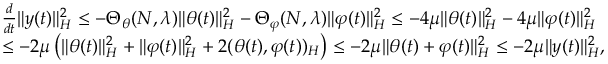
\begin{array} { r l } & { \frac { d } { d t } \| y ( t ) \| _ { H } ^ { 2 } \leq - \Theta _ { \theta } ( N , \lambda ) \| \theta ( t ) \| _ { H } ^ { 2 } - \Theta _ { \varphi } ( N , \lambda ) \| \varphi ( t ) \| _ { H } ^ { 2 } \leq - 4 \mu \| \theta ( t ) \| _ { H } ^ { 2 } - 4 \mu \| \varphi ( t ) \| _ { H } ^ { 2 } } \\ & { \leq - 2 \mu \left( \| \theta ( t ) \| _ { H } ^ { 2 } + \| \varphi ( t ) \| _ { H } ^ { 2 } + 2 ( \theta ( t ) , \varphi ( t ) ) _ { H } \right) \leq - 2 \mu \| \theta ( t ) + \varphi ( t ) \| _ { H } ^ { 2 } \leq - 2 \mu \| y ( t ) \| _ { H } ^ { 2 } , } \end{array}